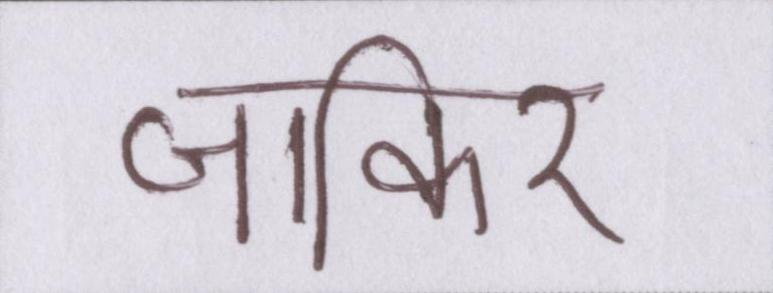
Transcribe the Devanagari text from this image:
जाकिर